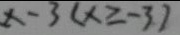
x - 3 ( x \geq - 3 )